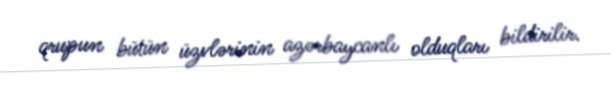
qrupun bütün üzvlərinin azərbaycanlı olduqları bildirilir.